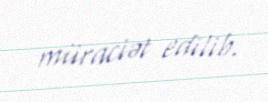
müraciət edilib.